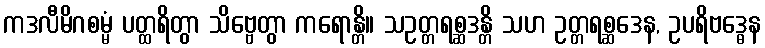
ကဒလီမိဂစမ္မံ ပတ္ထရိတွာ သိဗ္ဗေတွာ ကရောန္တိ။ သဥတ္တရစ္ဆဒန္တိ သဟ ဥတ္တရစ္ဆဒေန, ဥပရိဗဒ္ဓေန